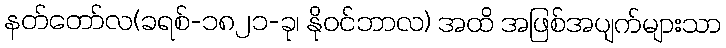
နတ်တော်လ(ခရစ်-၁၈၂၁-ခု၊ နိုဝင်ဘာလ) အထိ အဖြစ်အပျက်များသာ